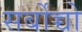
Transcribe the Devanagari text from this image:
सर्बोच्चो